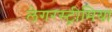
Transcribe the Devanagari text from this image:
लेगरस्ट्रीमिया